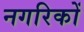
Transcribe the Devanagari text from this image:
नगरिकों